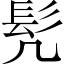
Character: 髠